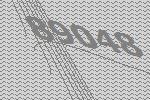
89048